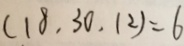
( 1 8 , 3 0 , 1 2 ) = 6